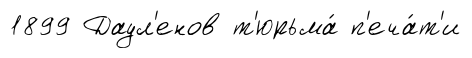
1899 Даул'енов т'юрьма́ п'еча́т'и